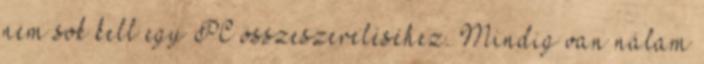
nem sok kell egy PC összeszereléséhez. Mindig van nálam